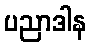
ပညာဒါန